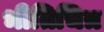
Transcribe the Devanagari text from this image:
भीतिचित्र